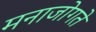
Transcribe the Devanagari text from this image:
मनाजोगते